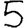
Digit: 5